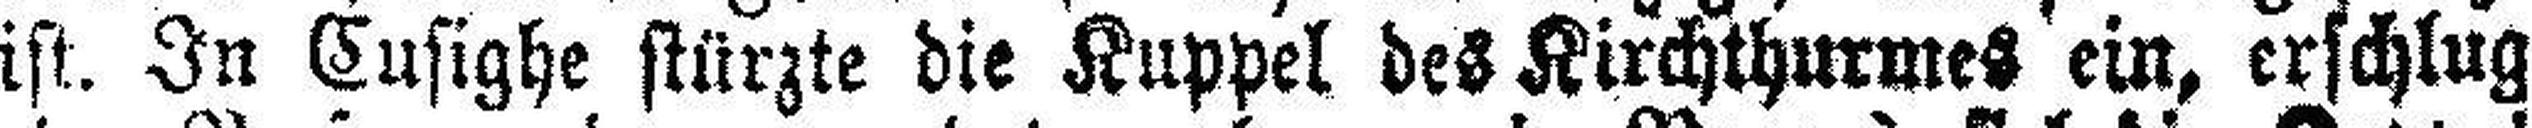
ist. In Cusighe stürzte die Kuppel des Kirchthurmes ein, erschlug